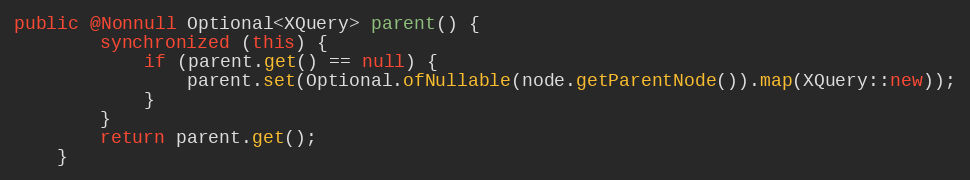
Language: Java
public @Nonnull Optional<XQuery> parent() {
        synchronized (this) {
            if (parent.get() == null) {
                parent.set(Optional.ofNullable(node.getParentNode()).map(XQuery::new));
            }
        }
        return parent.get();
    }